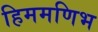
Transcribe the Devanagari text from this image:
हिममणिभ